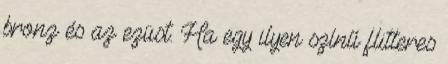
bronz és az ezüst. Ha egy ilyen színű flitteres